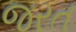
જરત